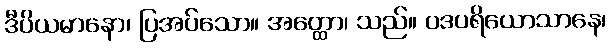
ဒီပိယမာနော၊ ပြအပ်သော။ အတ္ထော၊ သည်။ ပဒပရိယောသာနေ၊